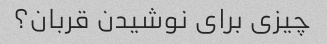
چیزی برای نوشیدن قربان؟